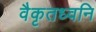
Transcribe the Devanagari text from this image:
वैकृतध्वनि